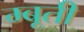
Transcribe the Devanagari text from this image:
म्बूती